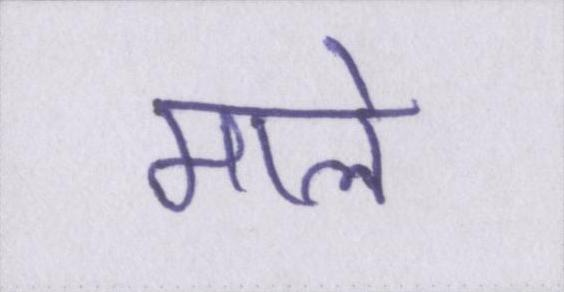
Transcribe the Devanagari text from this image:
माले